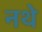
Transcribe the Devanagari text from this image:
नथे